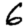
Digit: 6